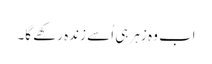
اب وہ زہر ہی اُسے زندہ رکھے گا۔